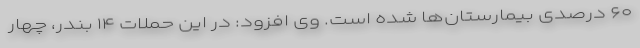
۶۰ درصدی بیمارستان‌ها شده است. وی افزود: در این حملات ۱۴ بندر، چهار